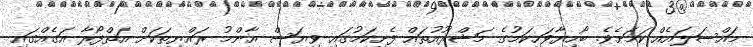
މައްސަލައެއް ކަމަށެވެ. ބޯހިޔާވަހިކަމުގެ މަޝްރޫއުތައް ފެށިކަމުގައި ވިޔަސް އާންމު ރައްޔިތަކަށް އަތްފޯރާ އަގެއްގައި